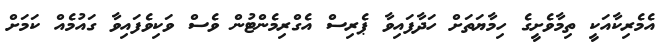
އެމެރިކާއަކީ ތިމާވެށީގެ ހިމާޔަތަށް ހަދާފައިވާ ޕެރިސް އެގްރިމެންޓުން ވެސް ވަކިވެފައިވާ ގައުމެއް ކަމަށް